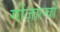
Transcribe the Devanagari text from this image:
गोंज़ाल्वो